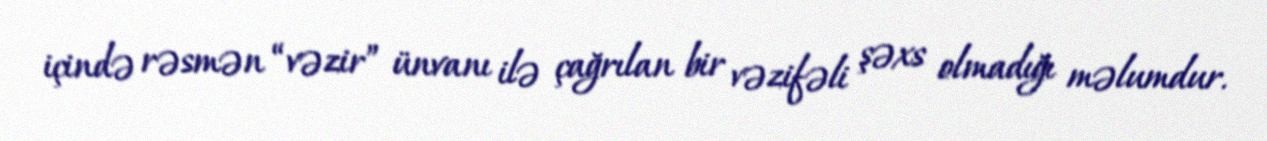
içində rəsmən “vəzir” ünvanı ilə çağrılan bir vəzifəli şəxs olmadığı məlumdur.